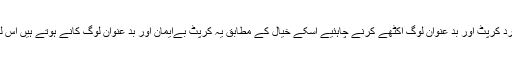
میکا ولی کہتا ہے ایک کامیاب حاکم کو اپنے ارد گرد کرپٹ اور بد عنوان لوگ اکٹھے کرنے چاہئیے اسکے خیال کے مطابق یہ کرپٹ بےایمان اور بد عنوان لوگ کانے ہوتے ہیں اس لئے ان کو بلیک میل کرکے قابو کرنا آسان ہوتا ہے۔